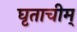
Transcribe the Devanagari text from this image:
घृताचीम्